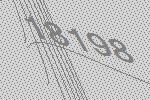
18198